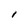
Character: i